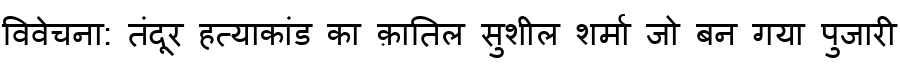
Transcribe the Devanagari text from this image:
विवेचना: तंदूर हत्याकांड का क़ातिल सुशील शर्मा जो बन गया पुजारी